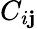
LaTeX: C_{i\mathbf{j}}